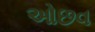
ઓછવ